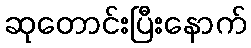
ဆုတောင်းပြီးနောက်